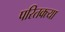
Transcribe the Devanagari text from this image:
परितक्त्या